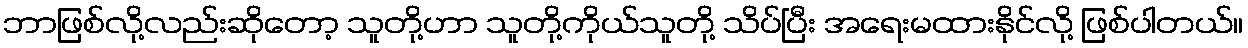
ဘာဖြစ်လို့လည်းဆိုတော့ သူတို့ဟာ သူတို့ကိုယ်သူတို့ သိပ်ပြီး အရေးမထားနိုင်လို့ ဖြစ်ပါတယ်။